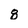
Character: 8